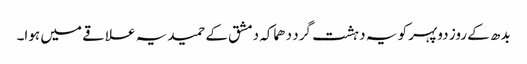
بدھ کے روز دوپہر کو یہ دہشت گرد دھماکہ دمشق کے حمیدیہ علاقے میں ہوا۔